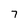
Character: 7